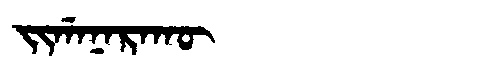
Manchu: ᠵᡳᡤᠠᠨᠠᡵᠠᡴᡡ
Romanization: JIGANARAKŪ